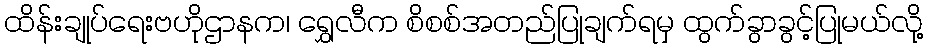
ထိန်းချုပ်ရေးဗဟိုဌာနက၊ ရွှေလီက စိစစ်အတည်ပြုချက်ရမှ ထွက်ခွာခွင့်ပြုမယ်လို့